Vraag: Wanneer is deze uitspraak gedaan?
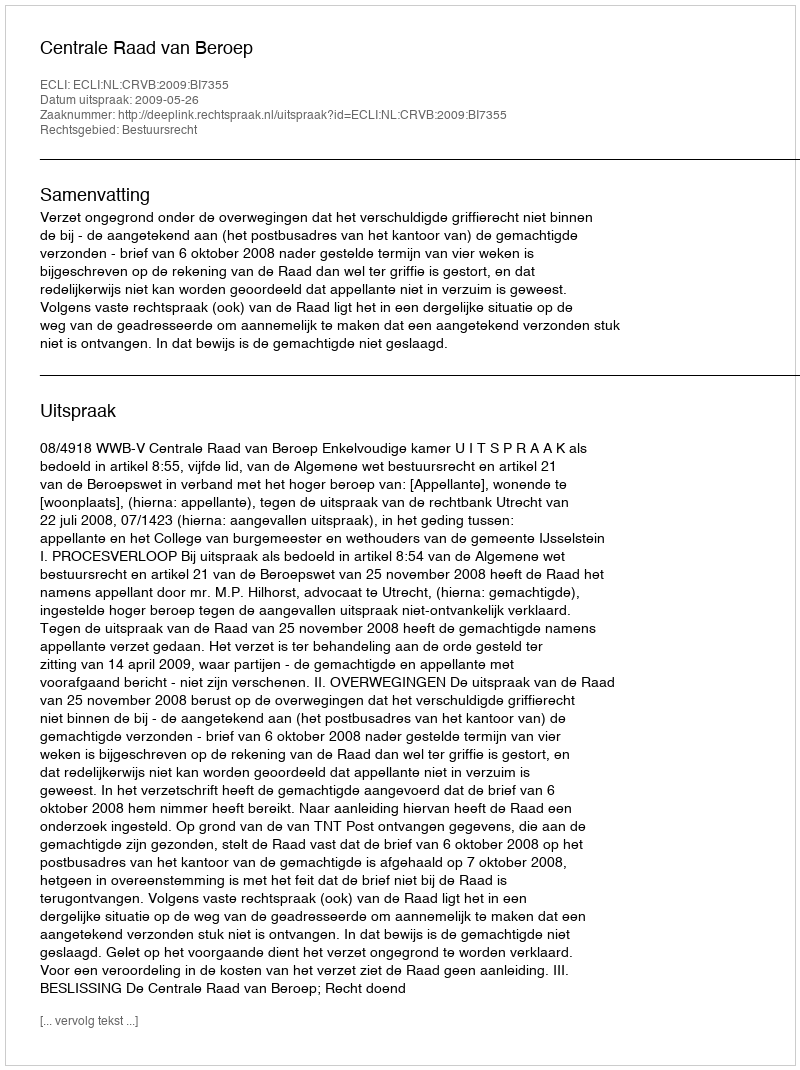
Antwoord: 2009-05-26